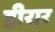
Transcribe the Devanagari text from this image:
हीरार